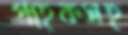
গ্রাহকসহ